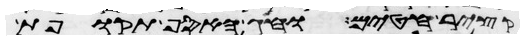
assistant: קציר חטים וחג האסף תקופת